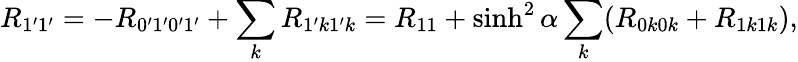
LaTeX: R_{1^{\prime}1^{\prime}}=-R_{0^{\prime}1^{\prime}0^{\prime}1^{\prime}}+\sum_{k}R_{1^{\prime}k1^{\prime}k}=R_{11}+\sinh^{2}\alpha\sum_{k}(R_{0k0k}+R_{1k1k}),